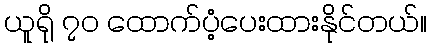
ယူရို ၇၀ ထောက်ပံ့ပေးထားနိုင်တယ်။